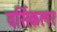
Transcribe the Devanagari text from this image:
वर्सिकलर